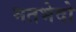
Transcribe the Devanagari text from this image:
मतभेदो